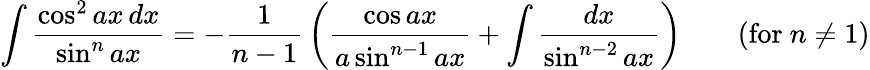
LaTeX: \int{\frac{\cos^{2}ax\, dx}{\sin^{n}ax}}=-{\frac{1}{n-1}}\left({\frac{\cos ax}{a\sin^{n-1}ax}}+\int{\frac{dx}{\sin^{n-2}ax}}\right)\qquad{\mathrm{(for~}}n\neq 1{\mathrm{)}}